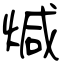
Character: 煘